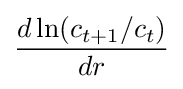
{\frac {d\ln(c_{t+1}/c_{t})}{dr}}